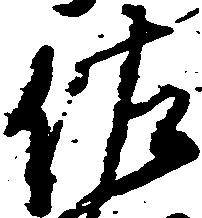
佐